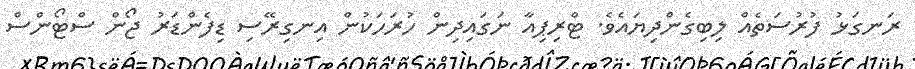
ރަނގަޅު ފުރުސަތެއް ލިބިގެންދިޔައެވެ. ޓްރިޕިއާ ނަގައިދިން ހުރަހަކުން އިނގިރޭސި ޑިފެންޑަރު ޖޯން ސްޓޯންސް